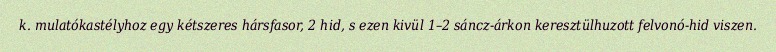
k. mulatókastélyhoz egy kétszeres hársfasor, 2 hid, s ezen kivül 1–2 sáncz-árkon keresztülhuzott felvonó-hid viszen.